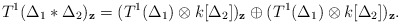
\begin{align*}T^1(\Delta_1\ast \Delta_2)_{\mathbf{z}}=(T^1(\Delta_1)\otimes k[\Delta_2])_{\mathbf{z}}\oplus (T^1(\Delta_1)\otimes k[\Delta_2])_{\mathbf{z}}.\end{align*}